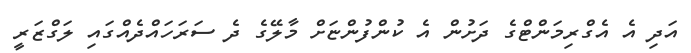
އަދި އެ އެގްރިމަންޓްގެ ދަށުން އެ ކުންފުންޏަށް މާލޭގެ ދެ ސަރަހައްދެއްގައި ލަގްޒަރީ